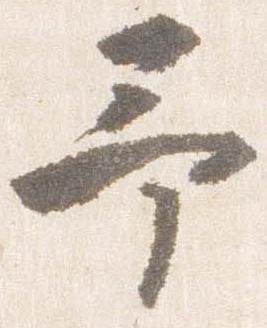
予